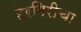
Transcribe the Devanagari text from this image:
हेरगिरीचा